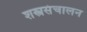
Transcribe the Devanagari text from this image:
शस्त्रसंचालन